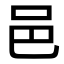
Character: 邑